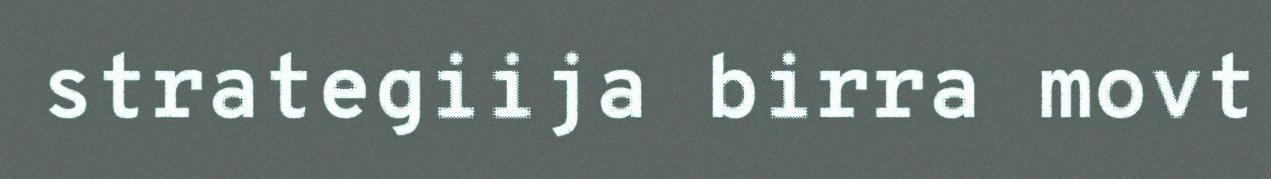
strategiija birra movt